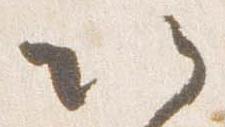
以